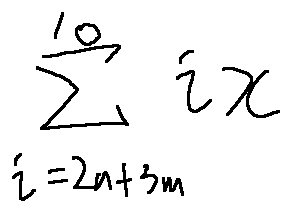
\sum \limits _ { i = 2 n + 3 m } ^ { 1 0 } i x